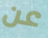
عن